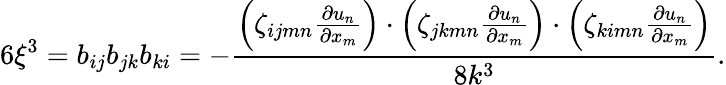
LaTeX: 6\xi^{3}=b_{ij}b_{jk}b_{ki}=-\frac{\left(\zeta_{ijmn}\frac{\partial u_{n}}{\partial x_{m}}\right)\cdot\left(\zeta_{jkmn}\frac{\partial u_{n}}{\partial x_{m}}\right)\cdot\left(\zeta_{kimn}\frac{\partial u_{n}}{\partial x_{m}}\right)}{8k^{3}}.